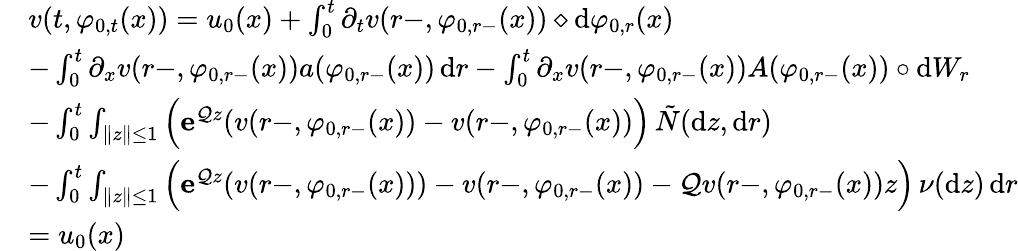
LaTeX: \begin{array}{rl}&{v(t,\varphi_{0,t}(x))=u_{0}(x)+\int_{0}^{t}\partial_{t}v(r-,\varphi_{0,r-}(x))\diamond\mathrm{d}\varphi_{0,r}(x)}\\ &{-\int_{0}^{t}\partial_{x}v(r-,\varphi_{0,r-}(x))a(\varphi_{0,r-}(x))\, \mathrm{d}r-\int_{0}^{t}\partial_{x}v(r-,\varphi_{0,r-}(x))A(\varphi_{0,r-}(x))\circ\mathrm{d}W_{r}}\\ &{-\int_{0}^{t}\int_{\| z\| \leq 1}\Big(\mathbf{e}^{\mathcal{Q}z}(v(r-,\varphi_{0,r-}(x))-v(r-,\varphi_{0,r-}(x))\Big)\, \tilde{N}(\mathrm{d}z,\mathrm{d}r)}\\ &{-\int_{0}^{t}\int_{\| z\| \leq 1}\Big(\mathbf{e}^{\mathcal{Q}z}(v(r-,\varphi_{0,r-}(x)))-v(r-,\varphi_{0,r-}(x))-\mathcal{Q}v(r-,\varphi_{0,r-}(x))z\Big)\, \nu(\mathrm{d}z)\, \mathrm{d}r}\\ &{=u_{0}(x)}\end{array}